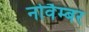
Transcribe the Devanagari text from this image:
नोवैम्बर